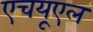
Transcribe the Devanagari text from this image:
एचयूएल